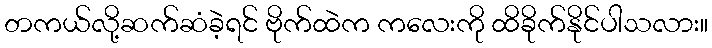
တကယ်လို့ဆက်ဆံခဲ့ရင် ဗိုက်ထဲက ကလေးကို ထိခိုက်နိုင်ပါသလား။